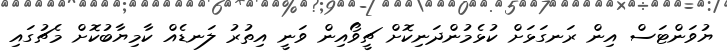
ޔުވަންޓަސް އިން ރަނގަޅަށް ކުޅެމުންދަނިކޮށް ޗީވޯއިން ވަނީ އިތުރު ލަނޑެއް ކާމިޔާބުކޮށް މެޗުގައި